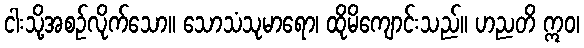
ငါးသို့အစဉ်လိုက်သော။ သောသံသုမာရော၊ ထိုမိကျောင်းသည်။ ဟညတိ ဣဝ၊